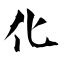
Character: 化